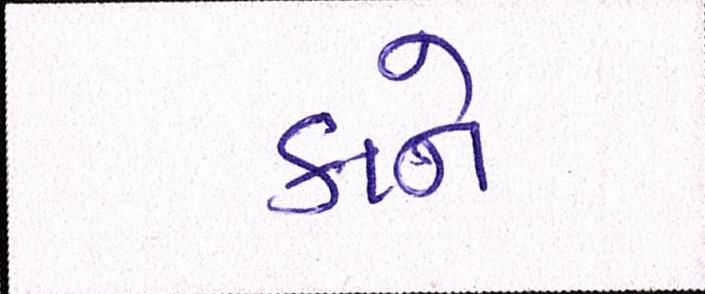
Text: કાને